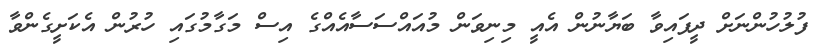
ފުލުހުންނަށް ދީފައިވާ ބަޔާނުން އެއީ މިނިވަން މުއައްސަސާއެއްގެ އިސް މަގާމުގައި ހުރުން އެކަށީގެންވާ